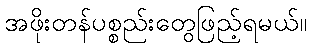
အဖိုးတန်ပစ္စည်းတွေဖြည့်ရမယ်။